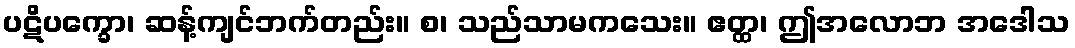
ပဋိပက္ခော၊ ဆန့်ကျင်ဘက်တည်း။ စ၊ သည်သာမကသေး။ ဧတ္ထ၊ ဤအလောဘ အဒေါသ